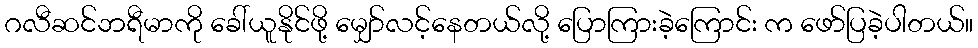
ဂလီဆင်ဘရီမာကို ခေါ်ယူနိုင်ဖို့ မျှော်လင့်နေတယ်လို့ ပြောကြားခဲ့ကြောင်း က ဖော်ပြခဲ့ပါတယ်။